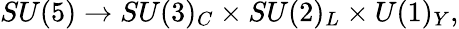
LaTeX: SU(5)\rightarrow SU(3)_{C}\times SU(2)_{L}\times U(1)_{Y},